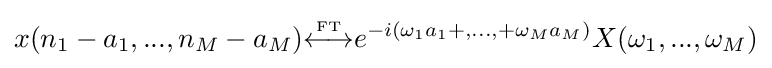
x(n_{1}-a_{1},...,n_{M}-a_{M}){\overset {\underset {\mathrm {FT} }{}}{\longleftrightarrow }}e^{-i(\omega _{1}a_{1}+,...,+\omega _{M}a_{M})}X(\omega _{1},...,\omega _{M})